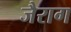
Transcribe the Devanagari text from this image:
जैराग